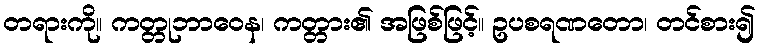
တရားကို။ ကတ္တုဘာဝေန၊ ကတ္တား၏ အဖြစ်ဖြင့်။ ဥပစရဏတော၊ တင်စား၍